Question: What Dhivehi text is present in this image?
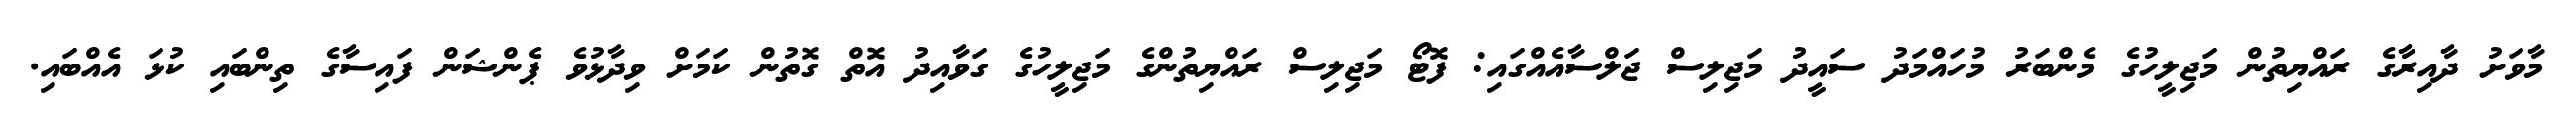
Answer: މާވަށު ދާއިރާގެ ރައްޔިތުން މަޖިލީހުގެ މެންބަރު މުހައްމަދު ސައީދު މަޖިލިސް ޖަލްސާއެއްގައި: ފޮޓޯ މަޖިލިސް ރައްޔިތުންގެ މަޖިލީހުގެ ގަވާއިދު އޮތް ގޮތުން ކަމަށް ވިދާޅުވެ ޕެންޝަން ފައިސާގެ ތިންބައި ކުޅަ އެއްބައި.